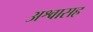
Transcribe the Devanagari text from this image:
अश्वासह